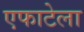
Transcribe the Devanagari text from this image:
एफाटेला